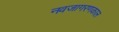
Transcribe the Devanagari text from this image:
नवजागरणकाल